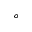
^ o